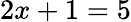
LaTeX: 2x+1=5